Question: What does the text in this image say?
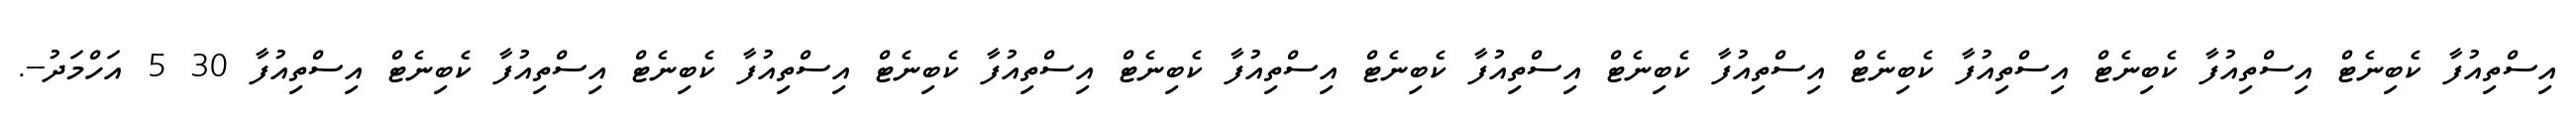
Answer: އިސްތިއުފާ ކެބިނެޓް އިސްތިއުފާ ކެބިނެޓް އިސްތިއުފާ ކެބިނެޓް އިސްތިއުފާ ކެބިނެޓް އިސްތިއުފާ ކެބިނެޓް އިސްތިއުފާ ކެބިނެޓް އިސްތިއުފާ ކެބިނެޓް އިސްތިއުފާ ކެބިނެޓް އިސްތިއުފާ ކެބިނެޓް އިސްތިއުފާ 30 5 އަހްމަދު--.